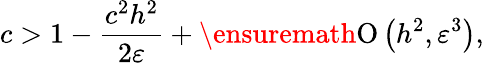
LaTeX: c>1-\frac{c^{2}h^{2}}{2\varepsilon}+\ensuremath{\operatorname{O}\left(h^{2},\varepsilon^{3}\right)},